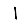
Digit: 1